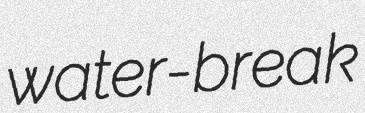
water-break